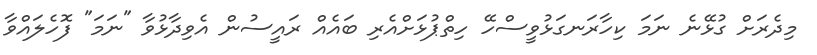
މިދެރަށް ގުޅޭނެ ނަމަ ކިހާރަނގަޅުވީސްހޭ ހިތްޕުޅަށްއެރި ބައެއް ރައީސުން އެވިދާޅުވާ "ނަމަ" ފޮހެލައްވާ